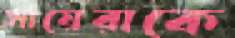
সায়েরাকে